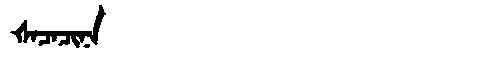
Manchu: ᡧᠠᠴᠠᠴᡳᠨᠠ
Romanization: ŠACACINA